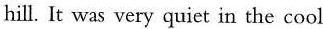
hill. It was very quiet in the cool